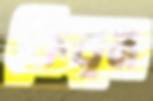
কিরম